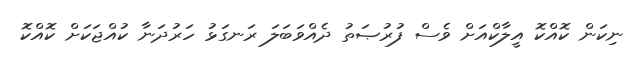
ނިކަން ކޮއްކޮ އީލާކްއަށް ވެސް ފުރުޞަތު ދެއްވަބަލަ ރަނގަޅު ހަރުދަނާ ކުއްޖަކަށް ކޮއްކޮ